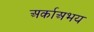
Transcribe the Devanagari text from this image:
अर्काअभय